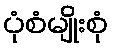
ပုံစံမျိုးစုံ